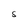
Character: S